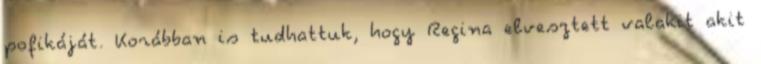
pofikáját. Korábban is tudhattuk, hogy Regina elvesztett valakit akit